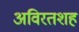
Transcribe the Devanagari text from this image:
अविरतशह